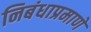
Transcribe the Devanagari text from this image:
निबंधाप्रमाणे